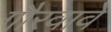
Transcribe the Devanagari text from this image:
गौरवावे